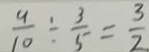
\frac { 9 } { 1 0 } \div \frac { 3 } { 5 } = \frac { 3 } { 2 }